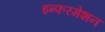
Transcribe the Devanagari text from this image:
इन्फरमेशन